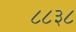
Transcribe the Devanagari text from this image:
८८३८